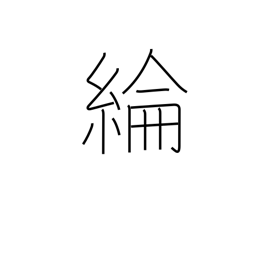
Meaning: silk cloth